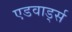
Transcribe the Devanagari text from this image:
एडवार्ड्स